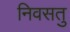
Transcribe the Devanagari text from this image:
निवसतु